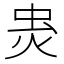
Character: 𧈾